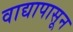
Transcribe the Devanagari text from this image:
वाद्यापासून